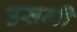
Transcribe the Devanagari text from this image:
उसमी